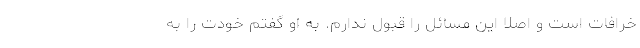
خرافات است و اصلاً این مسائل را قبول ندارم. به او گفتم خودت را به